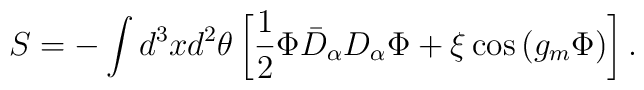
S=-\int d^3xd^2\theta\left[\frac12\Phi\bar D_\alpha D_\alpha\Phi+\xi\cos\left(g_m\Phi\right)\right].